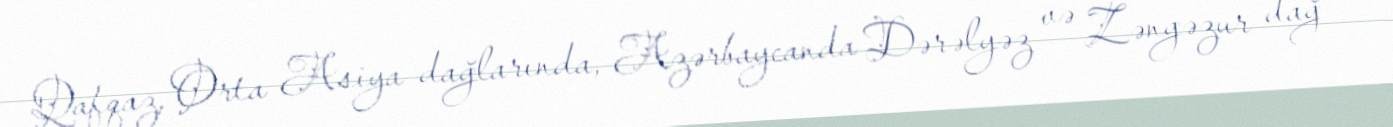
Qafqaz, Orta Asiya dağlarında, Azərbaycanda Dərəlyəz və Zəngəzur dağ